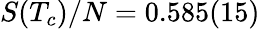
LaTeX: S(T_{c})/N=0.585(15)